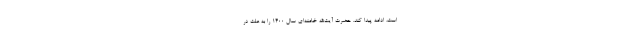
است، ادامه پیدا کند. حضرت آیت‌الله خامنه‌ای سال ۱۴۰۰ را به علت در